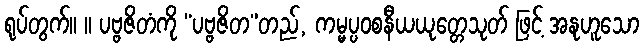
ရုပ်တွက်။ ။ ပဗ္ဗဇိတံကို “ပဗ္ဗဇိတ”တည်, ကမ္မပ္ပဝစနီယယုတ္တေသုတ် ဖြင့် အနုဟူသော